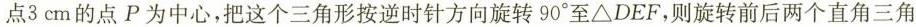
点3cm的点P为中心，把这个三角形按逆时针方向旋转90°至\bigtriangleup DEF，则旋转前后两个直角三角